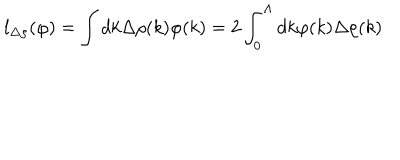
LaTeX: l _ { \Delta \rho } ( \varphi ) = \int d k \Delta \rho ( k ) \varphi ( k ) = 2 \int _ { 0 } ^ { \Lambda } d k \varphi ( k ) \Delta \rho ( k )